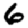
Digit: 6